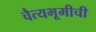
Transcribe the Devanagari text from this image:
चैत्यभूमीची